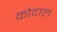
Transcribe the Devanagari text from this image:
कोदाल